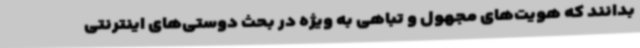
بدانند که هویت‌های مجهول و تباهی به ویژه در بحث دوستی‌های اینترنتی